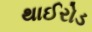
થાઈરોડ